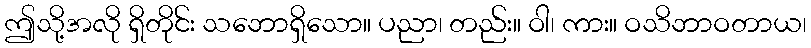
ဤသို့အလို ရှိတိုင်း သဘောရှိသော။ ပညာ၊ တည်း။ ဝါ၊ ကား။ ဝသိဘာဝတာယ၊